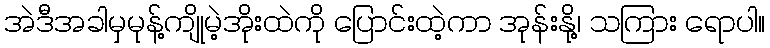
အဲဒီအခါမှမုန့်ကျိုမဲ့အိုးထဲကို ပြောင်းထဲ့ကာ အုန်းနို့၊ သကြား ရောပါ။